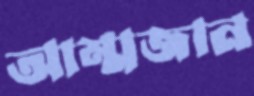
আম্মজান